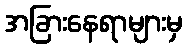
အခြားနေရာများမှ